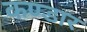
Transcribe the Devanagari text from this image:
कण्डार